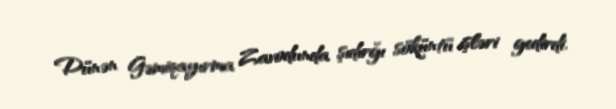
Dünən Gəmiqayırma Zavodunda şıdırğı söküntü işləri gedirdi.